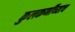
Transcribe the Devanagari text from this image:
कुलकर्णींच्याच